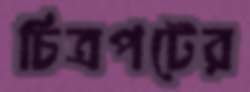
চিত্রপটের